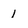
Character: 1